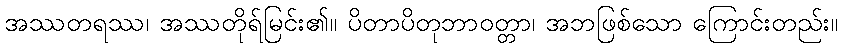
အဿတရဿ၊ အဿတိုရ်မြင်း၏။ ပိတာပိတုဘာဝတ္တာ၊ အဘဖြစ်သော ကြောင်းတည်း။